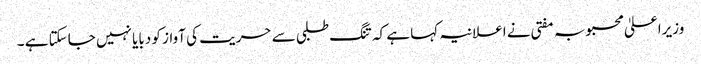
وزیراعلیٰ محبوبہ مفتی نے اعلانیہ کہا ہے کہ تنگ طلبی سے حریت کی آواز کو دبایا نہیں جاسکتا ہے ۔